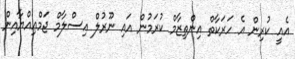
އެއީ ކުރިން އެ ހަރަކާތް އިންތިޒާމް ކުރަމުން އައި ނޫރުލް އިސްލާމް ޖަމްޢިއްޔާއިން